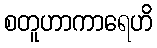
စတူဟာကာရေဟိ